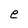
Character: e